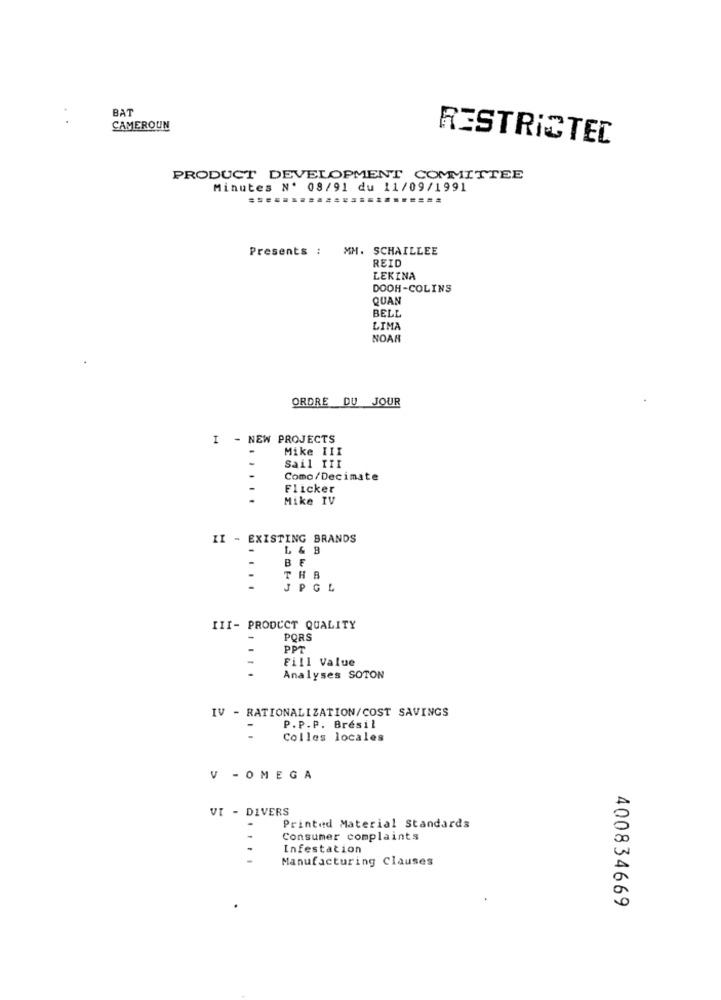
BAT
CAMEROUN
RESTRICTED
PRODUCT DEVELOPMENT COMMITTEE
Minutes Nº 08/91 du 11/09/1991
...
Presents : MM. SCHAILLEE
REID
LEKINA
DOOH-COLINS
QUAN
BELI
LIMA
NOAR
ORDRE DU JOUR
I - NEW PROJECTS
Mike III
Sail III
Como/Decimate
Flicker
Mike IV
II - EXISTING BRANDS
L & B
BE
-
THB
JPGL
III- PRODUCT QUALITY
PORS
PPT
Fill Value
Analyses SOTON
IV - RATIONALIZATION/COST SAVINGS
P.P.P. Brésil
Colles locales
V - OMEGA
VI - DIVERS
Printed Material Standards
Consumer complaints
Infestation
Manufacturing Clauses
400834669